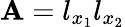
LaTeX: \mathbf{A}=l_{x_{1}}l_{x_{2}}